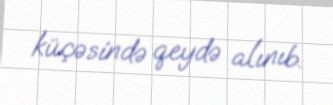
küçəsində qeydə alınıb.